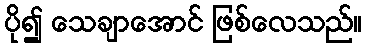
ပို၍ သေချာအောင် ဖြစ်လေသည်။